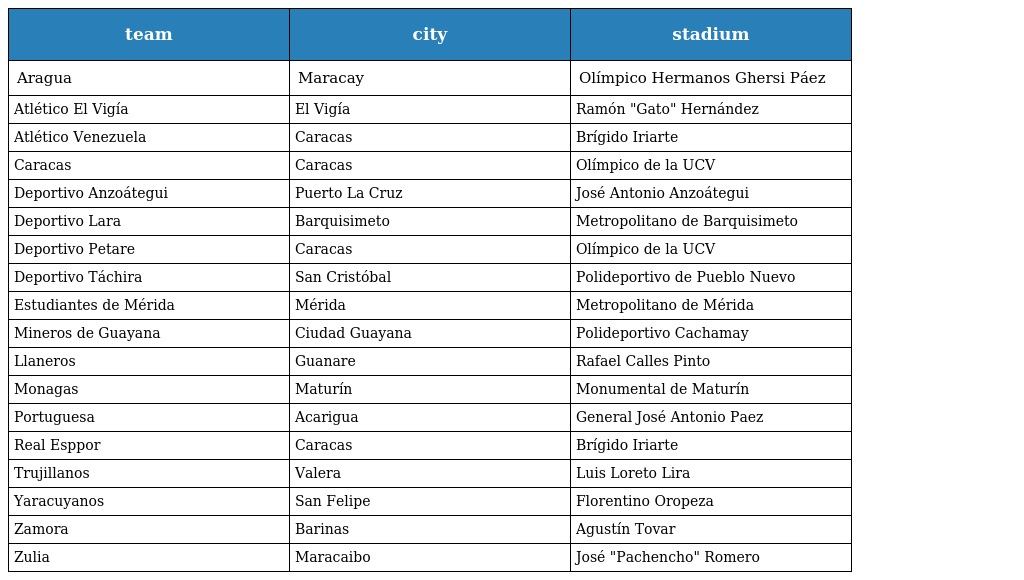
| team | city | stadium |
 | --- | --- | --- |
 | Aragua | Maracay | Olímpico Hermanos Ghersi Páez |
 | Atlético El Vigía | El Vigía | Ramón "Gato" Hernández |
 | Atlético Venezuela | Caracas | Brígido Iriarte |
 | Caracas | Caracas | Olímpico de la UCV |
 | Deportivo Anzoátegui | Puerto La Cruz | José Antonio Anzoátegui |
 | Deportivo Lara | Barquisimeto | Metropolitano de Barquisimeto |
 | Deportivo Petare | Caracas | Olímpico de la UCV |
 | Deportivo Táchira | San Cristóbal | Polideportivo de Pueblo Nuevo |
 | Estudiantes de Mérida | Mérida | Metropolitano de Mérida |
 | Mineros de Guayana | Ciudad Guayana | Polideportivo Cachamay |
 | Llaneros | Guanare | Rafael Calles Pinto |
 | Monagas | Maturín | Monumental de Maturín |
 | Portuguesa | Acarigua | General José Antonio Paez |
 | Real Esppor | Caracas | Brígido Iriarte |
 | Trujillanos | Valera | Luis Loreto Lira |
 | Yaracuyanos | San Felipe | Florentino Oropeza |
 | Zamora | Barinas | Agustín Tovar |
 | Zulia | Maracaibo | José "Pachencho" Romero |